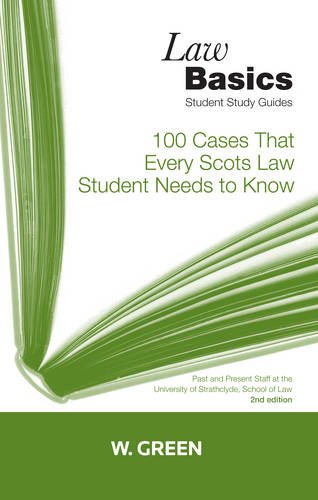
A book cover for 100 Cases That Every Scots Law Student Needs to Know (Law Basics); Law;